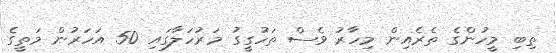
ތިބި މީހުންގެ ތެރެއިން މިހާރު ވެސް ތަހުގީގު މަރުހަލާގައި 50 އަހަރުން މަތީގެ